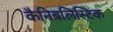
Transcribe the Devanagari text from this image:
कैनिबलिस्टिक